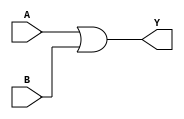
module OR_gate(input A, input B, output Y);
    assign Y = A | B;
endmodule

module NOT_gate(input A, output Y);
    assign Y = ~A;
endmodule

module NOR_gate(input A, input B, output Y);
    assign Y = ~(A | B);
endmodule

module NAND_gate(input A, input B, output Y);
    assign Y = ~(A & B);
endmodule

module XOR_gate(input A, input B, output Y);
    assign Y = A ^ B;
endmodule

module XNOR_gate(input A, input B, output Y);
    assign Y = ~(A ^ B);
endmodule